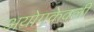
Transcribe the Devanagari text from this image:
अयोगकेवली